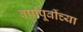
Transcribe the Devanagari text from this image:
वर्षांपू्र्वीच्या